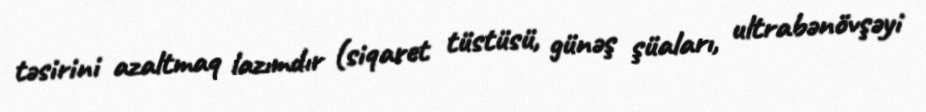
təsirini azaltmaq lazımdır (siqaret tüstüsü, günəş şüaları, ultrabənövşəyi